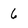
Character: 6